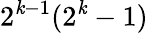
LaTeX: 2^{\mathit{k}-1}(2^{\mathit{k}}-1)